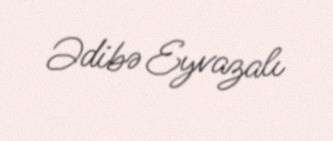
Ədibə Eyvazalı